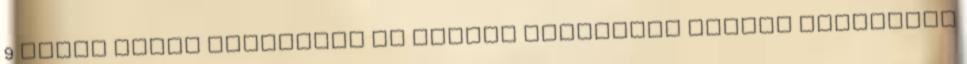
9 liter alatt vegyesben és emiatt szerintem jobban erölködik